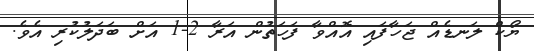
ޔޯކް ލަނޑެއް ޖަހާފައި އޮއްވާ ފަހަތުން އަރާ 2-1 އަށް ބަދަލުކުރި އެވެ.